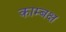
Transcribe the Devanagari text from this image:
काम्बक्ष